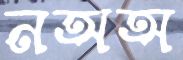
নঅঅ